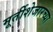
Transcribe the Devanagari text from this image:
मूर्तीशेजारच्या